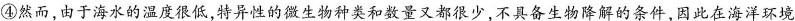
④然而，由于海水的温度很低，特异性的微生物种类和数量又都很少，不具备生物降解的条件，因此在海洋环境